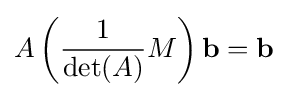
A\left({\frac {1}{\det(A)}}M\right)\mathbf {b} =\mathbf {b}